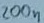
Text: 200n